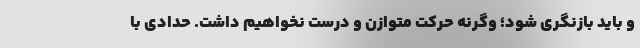
و باید بازنگری شود؛ وگرنه حرکت متوازن و درست نخواهیم داشت. حدادی با